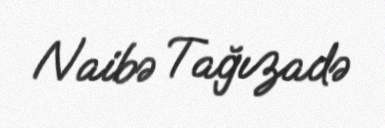
Naibə Tağızadə